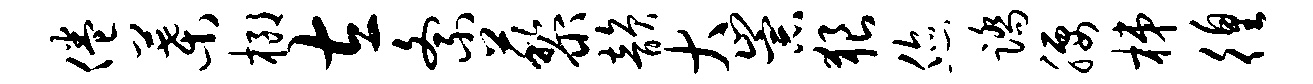
倦叶榔左紊藜韵大崇狼您踏腰梯徨